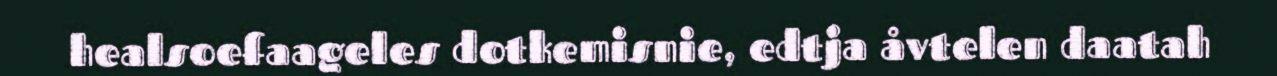
healsoefaageles dotkemisnie, edtja åvtelen daatah